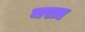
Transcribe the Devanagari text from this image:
मरज़